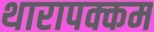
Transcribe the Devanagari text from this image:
थारापक्कम